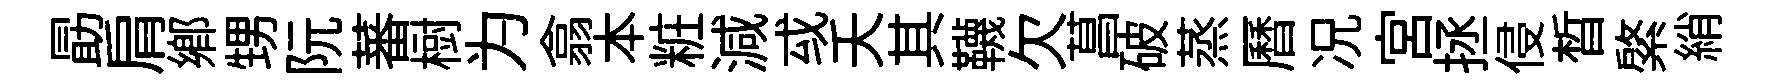
勗肩鄉甥阮蕃𣗳为翕本粧減㦯夭其韈欠菖破蒸曆况宫拯侵晳綮綃